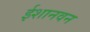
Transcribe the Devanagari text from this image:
ईशानवन